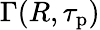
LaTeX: \Gamma(R,\tau_{\mathrm{p}})